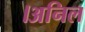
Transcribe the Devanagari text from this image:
।अनिल